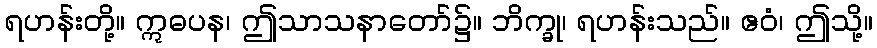
ရဟန်းတို့။ ဣဓပန၊ ဤသာသနာတော်၌။ ဘိက္ခု၊ ရဟန်းသည်။ ဧဝံ၊ ဤသို့။